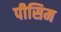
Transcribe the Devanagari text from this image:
पीसिम